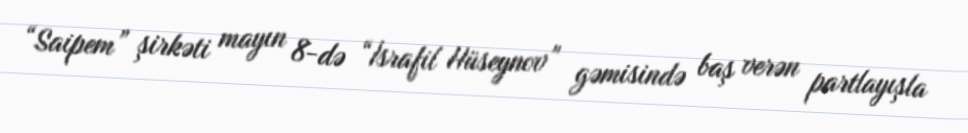
“Saipem” şirkəti mayın 8-də “İsrafil Hüseynov” gəmisində baş verən partlayışla